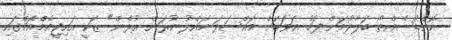
ކޮންޑޯސެއްތޯ ބަލާލުމަށް ފަހު އަވަހަށް މައްސަލަ ހައްލު ކުރަން އުޅެން" ޒަކީ އައިޖީއެމްއެޗްގައި